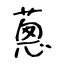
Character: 蔥